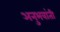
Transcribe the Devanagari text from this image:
अनुभवांती